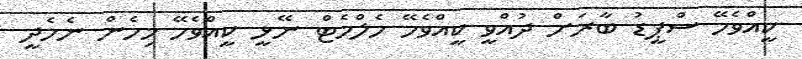
ކީއްވެހޭ ސްޕީޑު ބާރަށް ދުއްވީ ކީއްވެހޭ ހެލްމެޓް ނޭޅީ ކީއްވެހޭ މިހެން ނެހެދީ